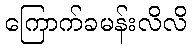
ကြောက်ခမန်းလိလိ